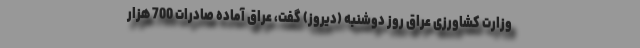
وزارت کشاورزی عراق روز دوشنبه (دیروز) گفت، عراق آماده صادرات 700 هزار